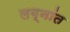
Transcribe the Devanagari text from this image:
लग्नांत